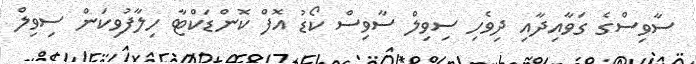
ސާވިސްގެ ގަވާއިދާއި ދިވެހި ސިވިލް ސާވިސް ކޯޑު އޮފް ކޮންޑަކްޓާ ހިލާފުވިކަން ސިވިލް